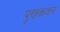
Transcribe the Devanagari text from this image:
पूणकवन